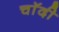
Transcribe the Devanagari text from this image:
चाॅदी